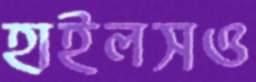
হাইলসও